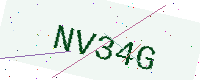
Text: NV34G